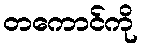
တကောင်ကို